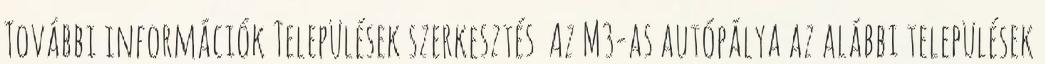
További információk Települések szerkesztés Az M3-as autópálya az alábbi települések